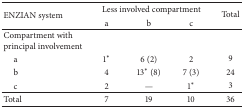
| <ROWSPAN=2> ENZIAN system | <COLSPAN=3> Less involved compartment | <ROWSPAN=2> Total |
 | a | b | c |
 | --- | --- | --- | --- | --- |
 | Compartment with principal involvement |  |  |  |  |
 | a | 1* | 6 (2) | 2 | 9 |
 | b | 4 | 13* (8) | 7 (3) | 24 |
 | c | 2 | — | 1* | 3 |
 | Total | 7 | 19 | 10 | 36 |